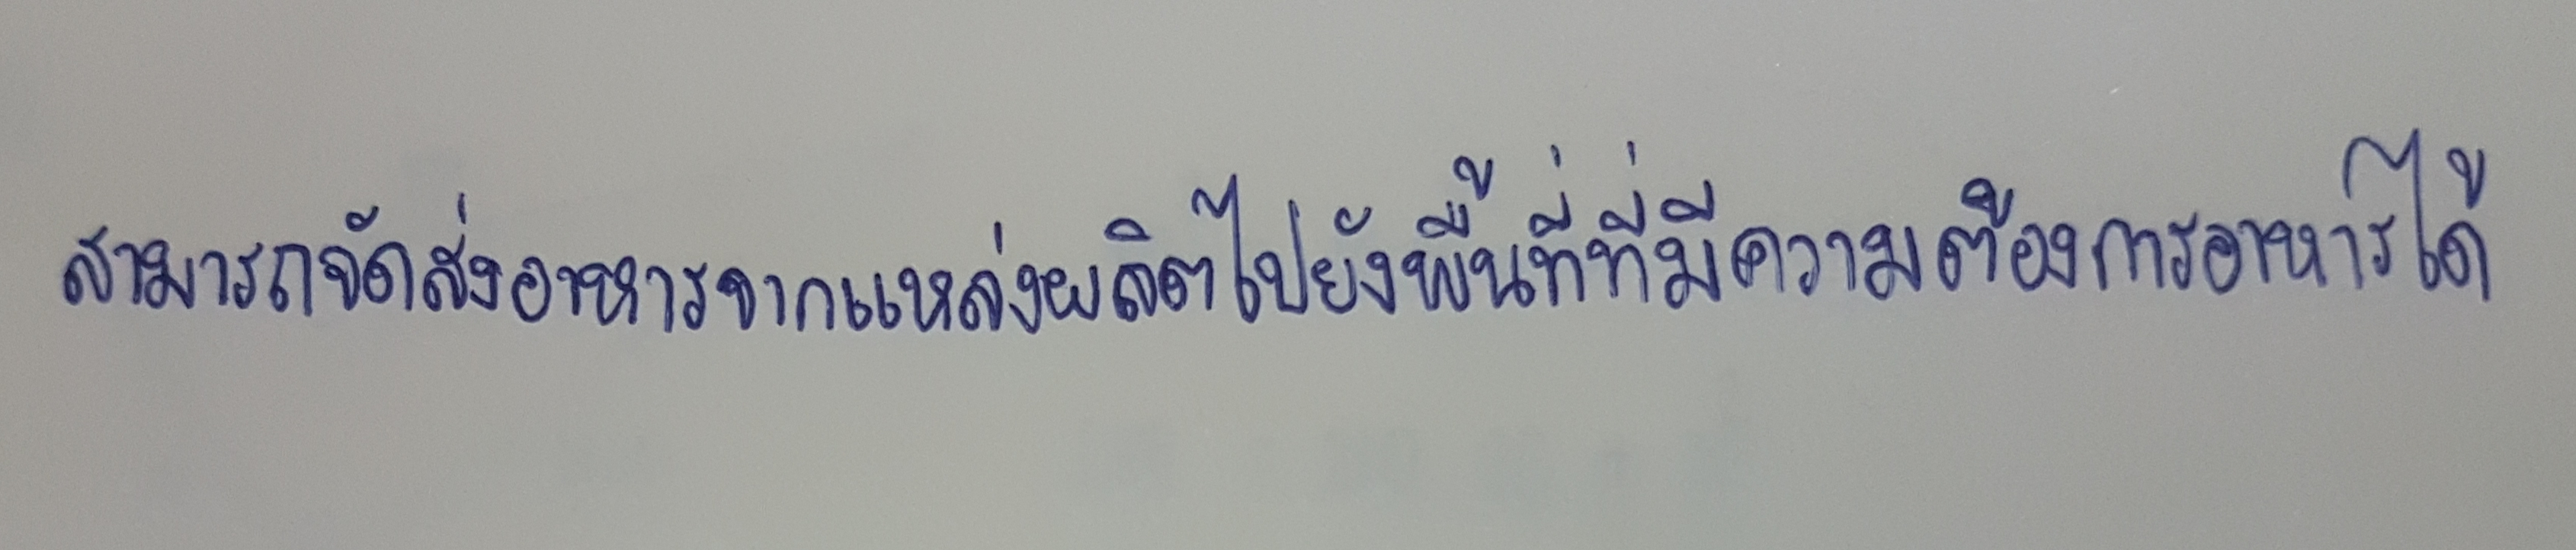
สามารถจัดส่งอาหารจากแหล่งผลิตไปยังพื้นที่ที่มีความต้องการอาหารได้